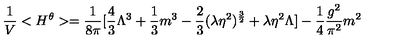
\frac { 1 } { V } < H ^ { \theta } > = \frac { 1 } { 8 \pi } [ \frac { 4 } { 3 } \Lambda ^ { 3 } + \frac { 1 } { 3 } m ^ { 3 } - \frac { 2 } { 3 } ( \lambda \eta ^ { 2 } ) ^ { \frac { 3 } { 2 } } + \lambda \eta ^ { 2 } \Lambda ] - \frac { 1 } { 4 } \frac { g ^ { 2 } } { \pi ^ { 2 } } m ^ { 2 }